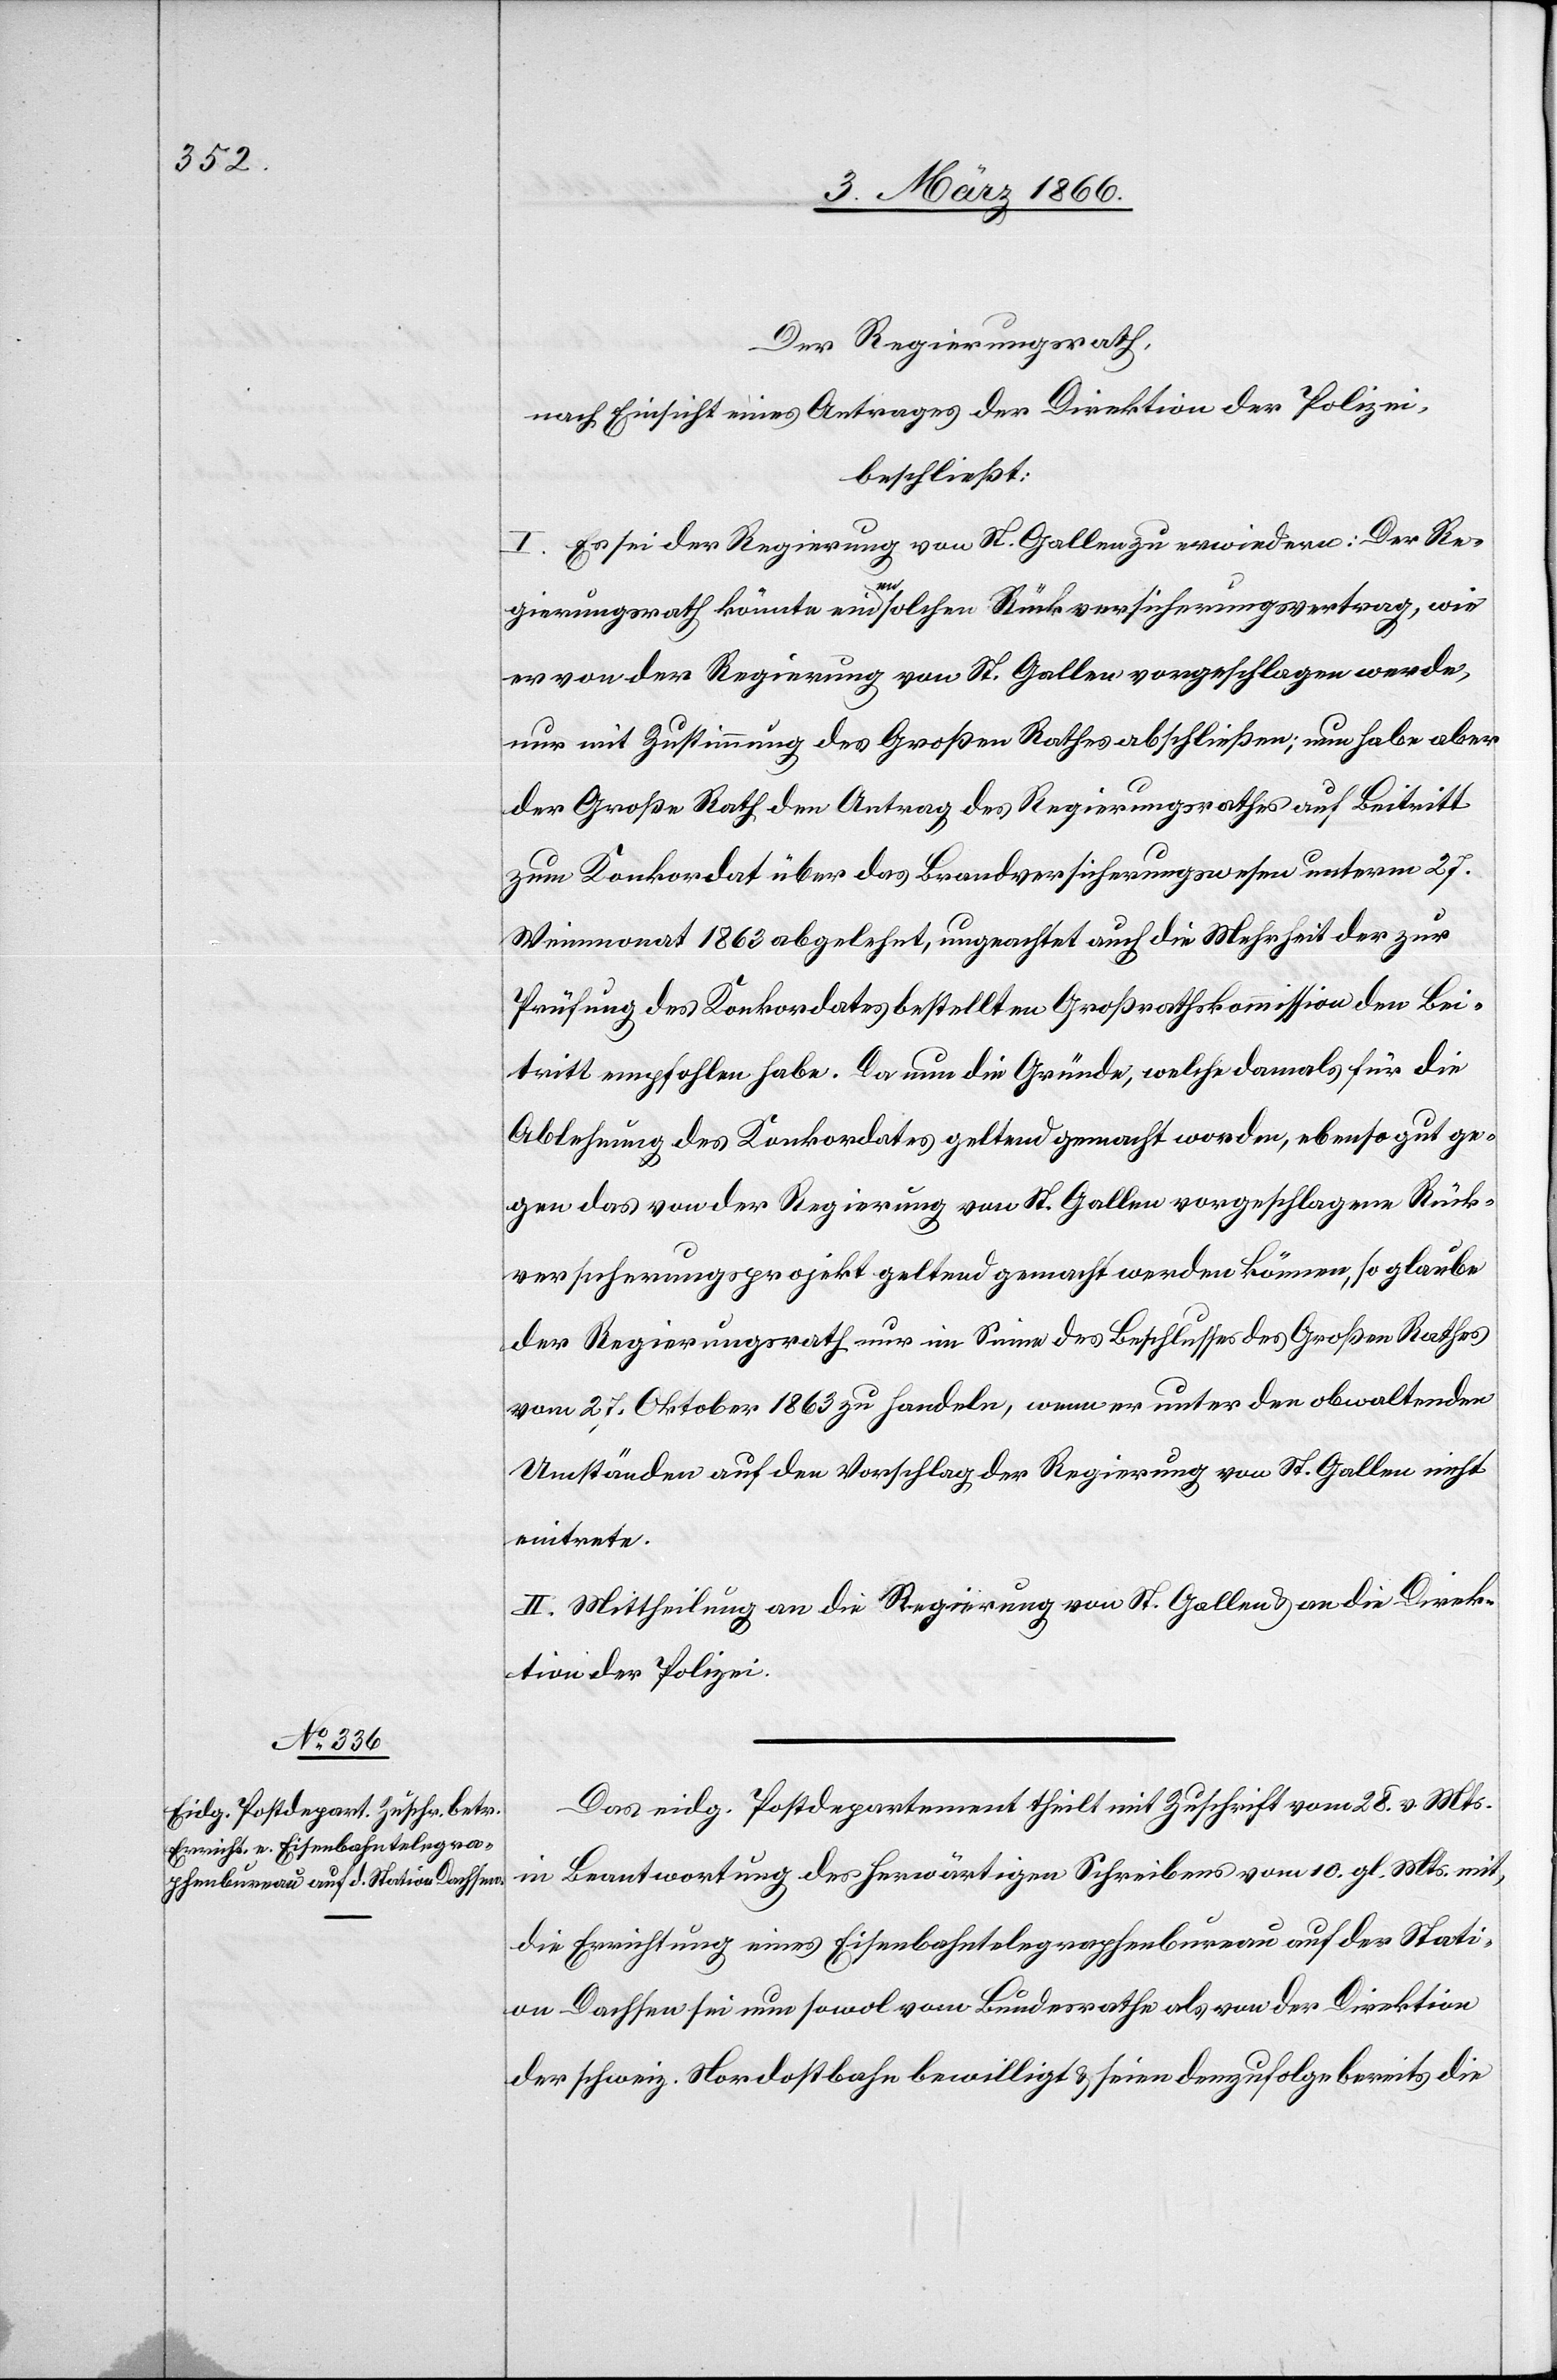
Der Regierungsrath,
nach Einsicht eines Antrages der Direktion der Polizei,
beschließt:
I. Es sei der Regierung von St. Gallen zu erwiedern: Der Re¬
gierungsrath könnte einen solchen Rückversicherungsvertrag, wie
er von der Regierung von St. Gallen vorgeschlagen werde,
nur mit Zustimmung des Großen Rathes abschließen; nun habe aber
der Große Rath den Antrag des Regierungsrathes auf Beitritt
zum Konkordat über das Brandversicherungswesen unterm 27.
Weinmonat 1863 abgelehnt, ungeachtet auch die Mehrheit der zur
Prüfung des Konkordates bestellten Großrathskommission den Bei¬
tritt empfohlen habe. Da nun die Gründe, welche damals für die
Ablehnung des Konkordates geltend gemacht worden, ebenso gut ge¬
gen das von der Regierung von St. Gallen vorgeschlagene Rück¬
versicherungsprojekt geltend gemacht werden können, so glaube
der Regierungsrath nur im Sinne des Beschlusses des Großen Rathes
vom 27. Oktober 1863 zu handeln, wenn er unter den obwaltenden
Umständen auf den Vorschlag der Regierung von St. Gallen nicht
eintrete.
II. Mittheilung an die Regierung von St. Gallen u. an die Direk¬
tion der Polizei.
Das eidg. Postdepartement theilt mit Zuschrift vom 28. v. Mts.
in Beantwortung des herwärtigen Schreibens vom 10. gl. Mts. mit,
die Errichtung eines Eisenbahntelegraphenbureaus auf der Stati¬
on Dachsen sei nun sowol vom Bundesrathe als von der Direktion
der schweiz. Nordostbahn bewilligt u. seien demzufolge bereits die